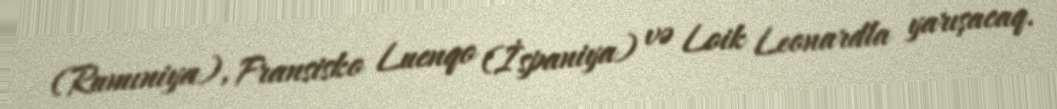
(Rumıniya), Fransisko Luenqo (İspaniya) və Loik Leonardla yarışacaq.